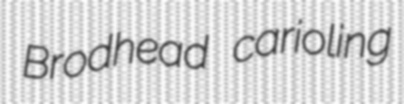
Brodhead carioling